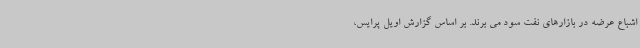
اشباع عرضه در بازارهای نفت سود می برند. بر اساس گزارش اویل پرایس،